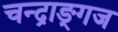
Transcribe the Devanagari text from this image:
चन्द्राङ्गज